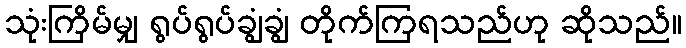
သုံးကြိမ်မျှ ရွပ်ရွပ်ချွံချွံ တိုက်ကြရသည်ဟု ဆိုသည်။